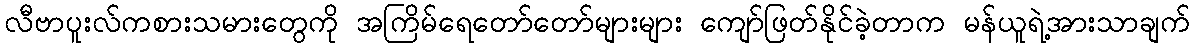
လီဗာပူးလ်ကစားသမားတွေကို အကြိမ်ရေတော်တော်များများ ကျော်ဖြတ်နိုင်ခဲ့တာက မန်ယူရဲ့အားသာချက်